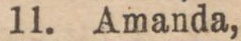
11. Amanda,